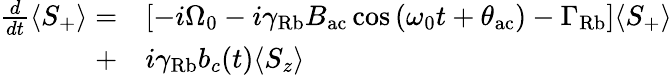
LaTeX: \begin{array}{rl}{\frac{d}{dt}\langle S_{+}\rangle=}&{\left[-i\Omega_{0}-i\gamma_{\mathrm{Rb}}B_{\mathrm{ac}}\cos\left({\omega_{0}t+\theta_{\mathrm{ac}}}\right)-\Gamma_{\mathrm{Rb}}\right]\langle S_{+}\rangle}\\ {+}&{i\gamma_{\mathrm{Rb}}b_{c}(t)\langle S_{z}\rangle}\end{array}